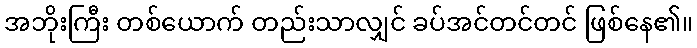
အဘိုးကြီး တစ်ယောက် တည်းသာလျှင် ခပ်အင်တင်တင် ဖြစ်နေ၏။